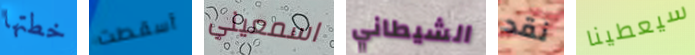
خطتها أسقطت اسمعيني الشيطاني نقد سيعطينا